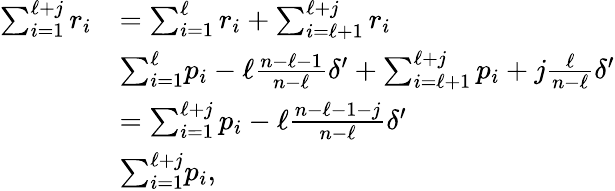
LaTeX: \begin{array}{rl}{\sum_{i=1}^{\ell+j}r_{i}}&{=\sum_{i=1}^{\ell}r_{i}+\sum_{i=\ell+1}^{\ell+j}r_{i}}\\ &{\le\sum_{i=1}^{\ell}p_{i}-\ell\frac{n-\ell-1}{n-\ell}\delta^{\prime}+\sum_{i=\ell+1}^{\ell+j}p_{i}+j\frac{\ell}{n-\ell}\delta^{\prime}}\\ &{=\sum_{i=1}^{\ell+j}p_{i}-\ell\frac{n-\ell-1-j}{n-\ell}\delta^{\prime}}\\ &{\le\sum_{i=1}^{\ell+j}p_{i},}\end{array}